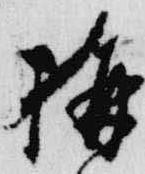
構